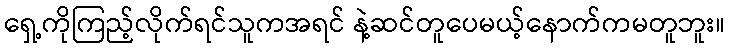
ရှေ့ကိုကြည့်လိုက်ရင်သူကအရင် နဲ့ဆင်တူပေမယ့်နောက်ကမတူဘူး။